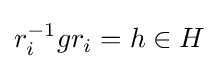
r_{i}^{-1}gr_{i}=h\in H